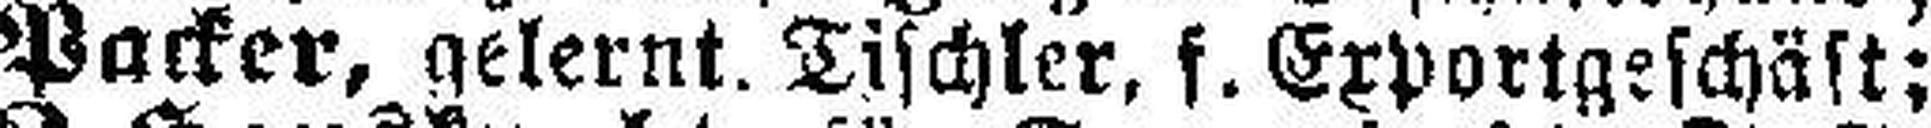
Parker, gelernt. Tischler, f. Exportgeschäft;